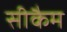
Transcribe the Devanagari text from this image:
सीकैम